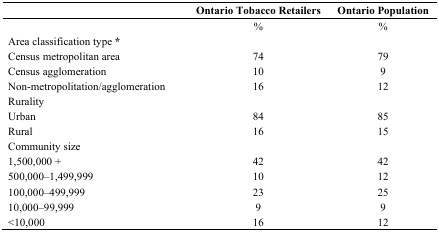
<table><thead><tr><td></td><td><b>Ontario Tobacco Retailers </b></td><td><b>Ontario Population </b></td></tr></thead><tbody><tr><td></td><td>% </td><td>% </td></tr><tr><td>Area classification type * </td><td></td><td></td></tr><tr><td>Census metropolitan area </td><td>74 </td><td>79 </td></tr><tr><td>Census agglomeration </td><td>10 </td><td>9 </td></tr><tr><td>Non-metropolitation/agglomeration </td><td>16 </td><td>12 </td></tr><tr><td>Rurality </td><td></td><td></td></tr><tr><td>Urban </td><td>84 </td><td>85 </td></tr><tr><td>Rural </td><td>16 </td><td>15 </td></tr><tr><td>Community size </td><td></td><td></td></tr><tr><td>1,500,000 + </td><td>42 </td><td>42 </td></tr><tr><td>500,000–1,499,999 </td><td>10 </td><td>12 </td></tr><tr><td>100,000–499,999 </td><td>23 </td><td>25 </td></tr><tr><td>10,000–99,999 </td><td>9 </td><td>9 </td></tr><tr><td>&lt;10,000 </td><td>16 </td><td>12 </td></tr></tbody></table>